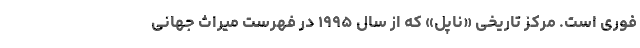
فوری است. مرکز تاریخی «ناپل» که از سال ۱۹۹۵ در فهرست میراث جهانی